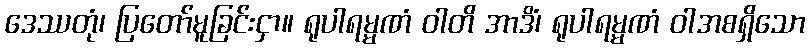
ဒေဿတုံ၊ ပြတော်မူခြင်းငှာ။ ရုပါရမ္မဏံ ဝါတိ အာဒိံ၊ ရုပါရမ္မဏံ ဝါအစရှိသော